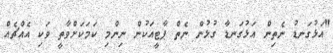
"އަޅުގަނޑު ނެތިން އަޅުގަނޑާ ގުޅުން ނެތް ޕާޓީއަކުން ނިންމި ކަމަކަށްވާތީ ވަކި އެއްޗެއް